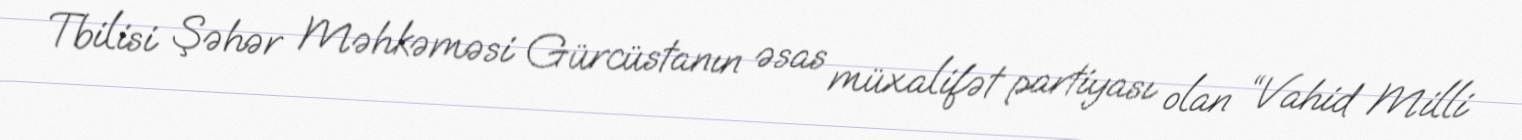
Tbilisi Şəhər Məhkəməsi Gürcüstanın əsas müxalifət partiyası olan “Vahid Milli